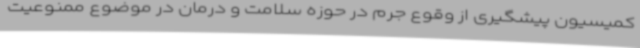
کمیسیون پیشگیری از وقوع جرم در حوزه سلامت و درمان در موضوع ممنوعیت